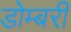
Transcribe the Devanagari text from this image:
डोम्‍बरी